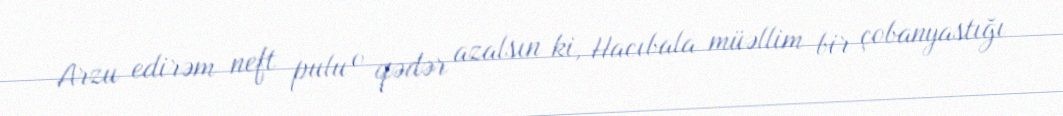
Arzu edirəm neft pulu o qədər azalsın ki, Hacıbala müəllim bir çobanyastığı